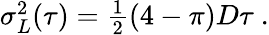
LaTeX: \begin{array}{r}{\sigma_{L}^{2}(\tau)=\frac{1}{2}(4-\pi)D\tau\ .}\end{array}